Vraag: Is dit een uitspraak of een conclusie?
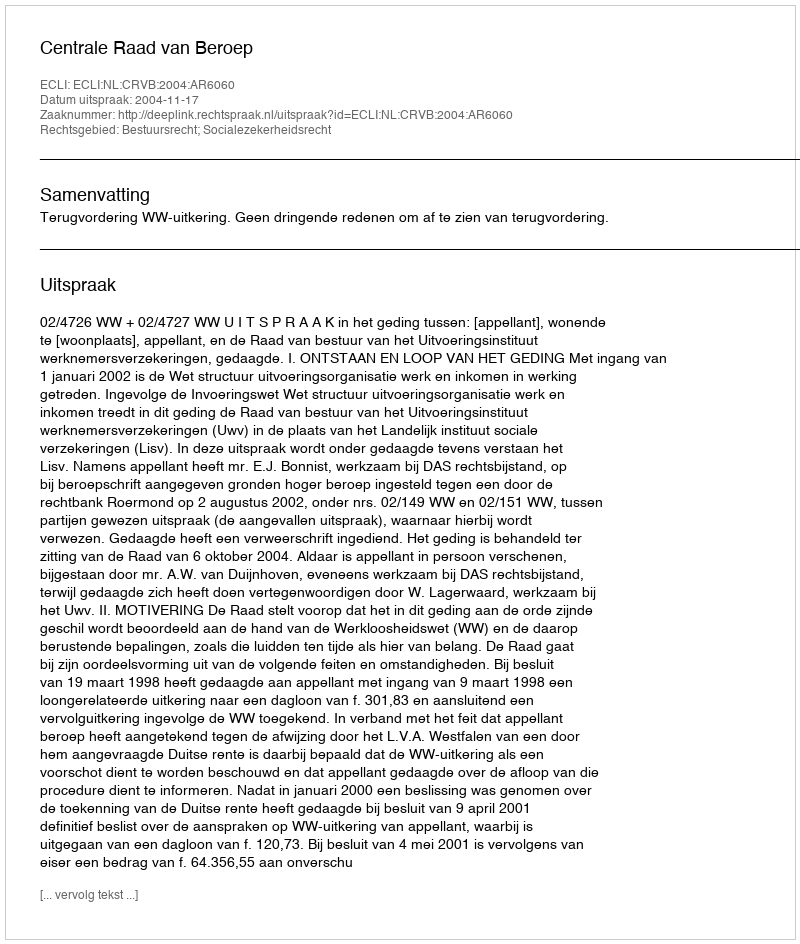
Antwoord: Uitspraak